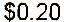
$0.20